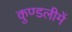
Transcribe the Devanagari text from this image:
कुण्डलीमें